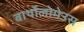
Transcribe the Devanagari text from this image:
बार्थोलोमेउस